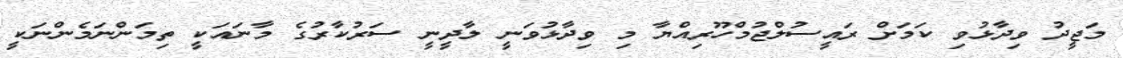
މަޖީދު ވިދާޅުވި ކަމަށް ރައީސުލްޖުމްހޫރިއްޔާ މި ވިދާޅުވަނީ ލާދީނީ ސަރުކާރުގެ މާނައަކީ ތިމަންނަމެންނަކީ